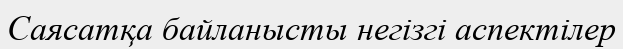
Саясатқа байланысты негізгі аспектілер